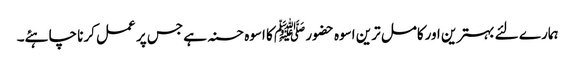
ہمارے لئے بہترین اورکامل ترین اسوہ حضور ﷺ کا اسوہ حسنہ ہے جس پر عمل کرنا چاہئے۔